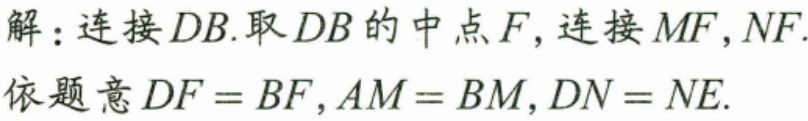
解：连接 \(DB\).取 \(DB\) 的中点 \(F\)，连接 \(MF,NF\).
依题意 \(DF = BF,AM = BM,DN = NE\).